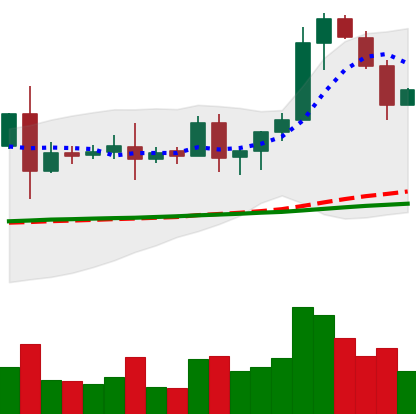
Ticker: EOS-USD
Chart end date: 2020-08-20
Forward return: -8.776%
Label: down_7plus